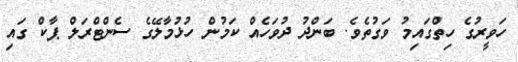
ހަވީރުގެ ހިތްގައިމު ވަގުތެވެ. ބަންދު ދުވަހެއް ކަމުން ހުޅުމާލޭގެ ސެންޓްރަލް ޕާކް ގައި